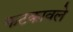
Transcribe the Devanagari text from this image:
फटकावले